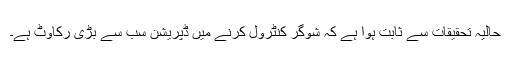
حالیہ تحقیقات سے ثابت ہوا ہے کہ شوگر کنٹرول کرنے میں ڈپریشن سب سے بڑی رکاوٹ ہے۔